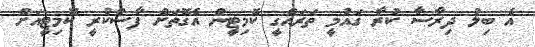
އެ ބިލު ދިރާސާ ކުރާ ގައުމީ ތަރައްގީ ކޮމިޓީން އެގޮތަށް ފާސްކުރީ ކޮމިޓީއަށް